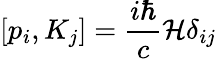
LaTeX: \left[p_{i},K_{j}\right]={\frac{i\hbar}{c}}{\mathcal{H}}\delta_{ij}